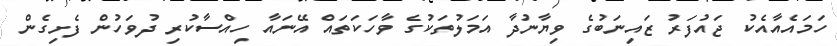
ހަމައެއާއެކު ޖައުފަރު ޒައިނަބުގެ ވިޔާނުދާ އަމަލުތަކުގެ ވާހަކަތައް އޭނައާ ހިއްސާކުރި ދުވަހުން ފެށިގެން